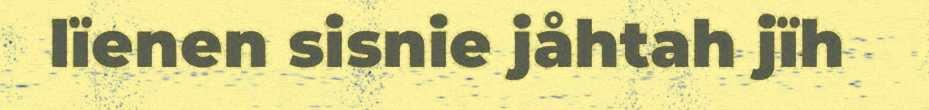
lïenen sisnie jåhtah jïh